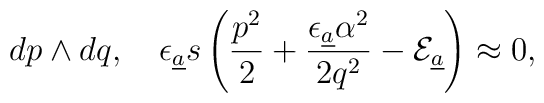
dp\wedge dq,\quad\epsilon_{{\underline a}}s\left(\frac{p^2}{2} +\frac{\epsilon_{{\underline a}}\alpha^2}{2q^2}-{\cal E}_{\underline a}\right)\approx 0,